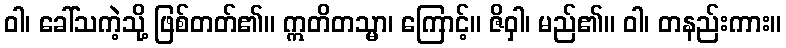
ဝါ၊ ခေါ်သကဲ့သို့ ဖြစ်တတ်၏။ ဣတိတသ္မာ၊ ကြောင့်။ ဇိဝှါ၊ မည်၏။ ဝါ၊ တနည်းကား။